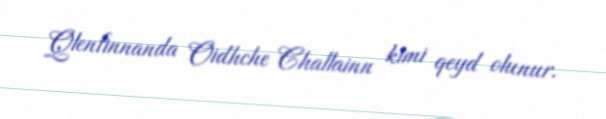
Qlenfinnanda Oidhche Challainn kimi qeyd olunur.